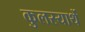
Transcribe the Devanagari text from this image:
कुलस्यार्थे